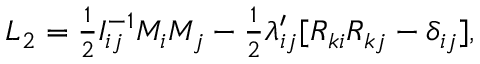
\begin{array} { r } { L _ { 2 } = \frac 1 2 I _ { i j } ^ { - 1 } M _ { i } M _ { j } - \frac 1 2 \lambda _ { i j } ^ { \prime } [ R _ { k i } R _ { k j } - \delta _ { i j } ] , } \end{array}